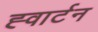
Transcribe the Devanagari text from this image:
ह्वार्टन